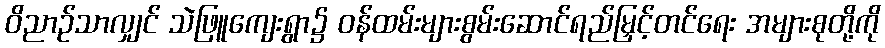
ဝိညာဉ်သာလျှင် သဲဖြူကျေးရွာ၌ ဝန်ထမ်းများစွမ်းဆောင်ရည်မြှင့်တင်ရေး အများစုတို့ကို